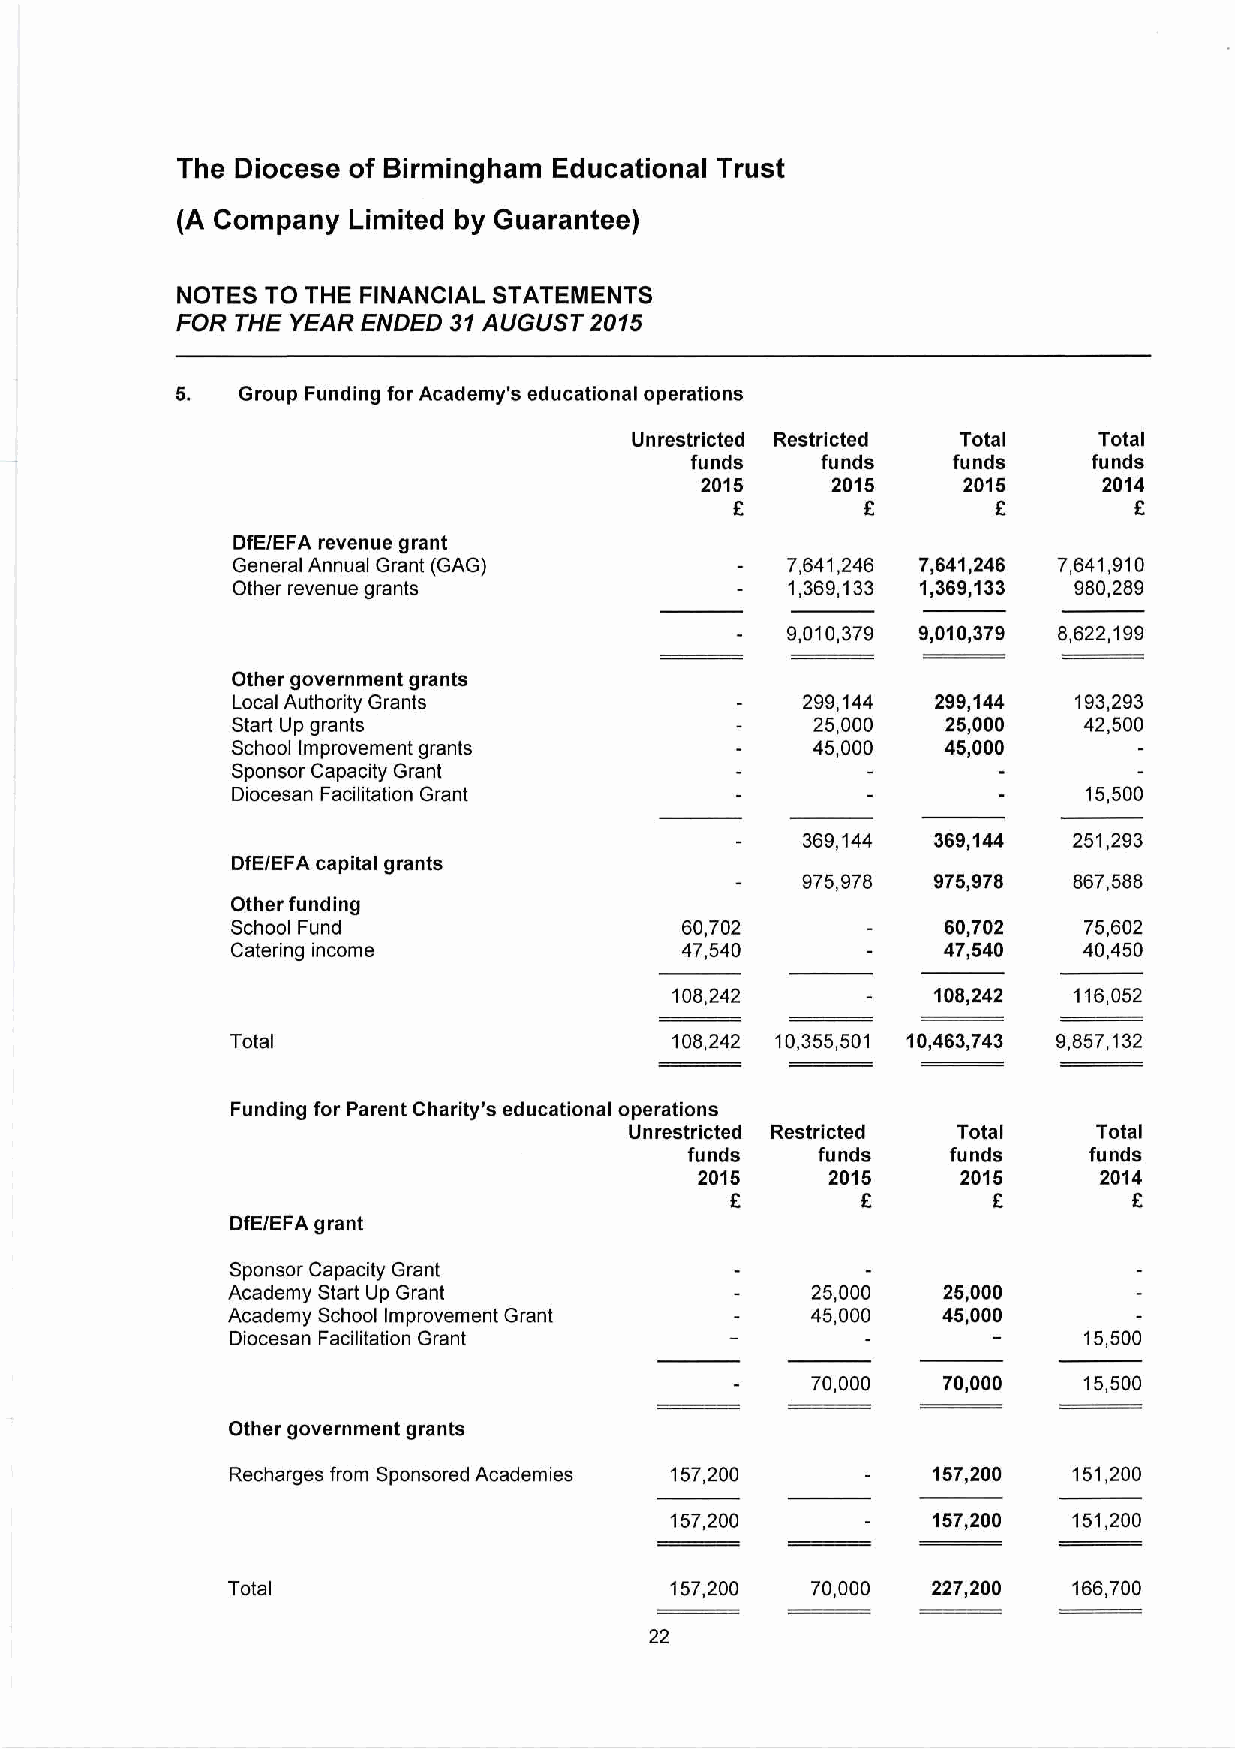
The Diocese of Birmingham Educational Trust
 (A Company Limited by Guarantee)
 NOTES TO THE FINANCIAL STATEMENTS
 FOR THE YEAR ENDED 31 AUGUST 2015
 5.  Group Funding for Academy's educational operations
 Unrestricted Restricted Total  Total
 funds   funds    funds    funds
 2015     2015     2015     2014
 £       £        £        £
 DfE/EFA revenue grant
 General Annual Grant (GAG)           7,641,246 7,641,246 7,641,910
 Other revenue grants                 1,369,133 1,369,133 980,289
 9,010,379 9,010,379 8,622,199
 Other government grants
 Local Authority Grants                299,144  299,144  193,293
 Start Up grants                        25.000   25.000   42,500
 School Improvement grants              45.000   45.000
 Sponsor Capacity Grant
 Diocesan Facilitation Grant                              15,500
 369,144 369,144  251,293
 DfE/EFA capital grants
 975,978  975,978  867,588
 Other funding
 School Fund                   60,702            60,702   75,602
 Catering income               47,540           47,540    40,450
 108,242          108,242  116,052
 Total                        108,242 10,355,50 1 10,463,74 3 9,857,132
 Funding for Parent Charity’s educational operations
 Unrestricted Restricted Total  Total
 funds    funds    funds    funds
 2015     2015     2015     2014
 £        £        £        £
 DfE/EFA grant
 Sponsor Capacity Grant
 Academy Start Up Grant                 25.000  25.000
 Academy School Improvement Grant       45.000  45.000
 Diocesan Facilitation Grant                              15,500
 70,000  70,000    15,500
 Other government grants
 Recharges from Sponsored Academies 157,200     157,200  151,200
 157,200           157,200  151,200
 Total                        157,200   70,000  227,200  166,700
 22